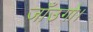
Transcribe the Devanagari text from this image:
जाँउगो।